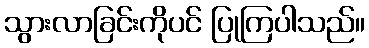
သွားလာခြင်းကိုပင် ပြုကြပါသည်။